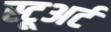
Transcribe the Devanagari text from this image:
स्टूअर्ट